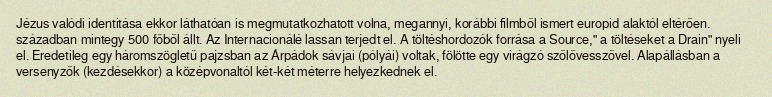
Jézus valódi identitása ekkor láthatóan is megmutatkozhatott volna, megannyi, korábbi filmből ismert europid alaktól eltérően. században mintegy 500 főből állt. Az Internacionálé lassan terjedt el. A töltéshordozók forrása a Source," a töltéseket a Drain" nyeli el. Eredetileg egy háromszögletű pajzsban az Árpádok sávjai (pólyái) voltak, fölötte egy virágzó szőlővesszővel. Alapállásban a versenyzők (kezdésekkor) a középvonaltól két-két méterre helyezkednek el.